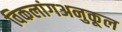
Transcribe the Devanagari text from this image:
विकलांगअनुकूल